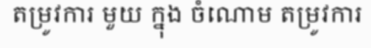
តម្រូវការ មួយ ក្នុង ចំណោម តម្រូវការ